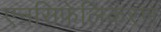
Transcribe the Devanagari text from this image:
एनसिफेलिकरण